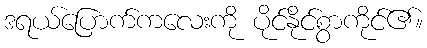
ဒရယ်ပြောက်ကလေးကို ပိုင်နိုင်စွာကိုင်၏။